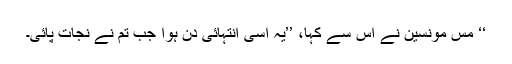
‘‘ مس مونسین نے اُس سے کہا، ’’یہ اُسی انتہائی دِن ہوا جب تم نے نجات پائی۔